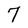
Character: 7